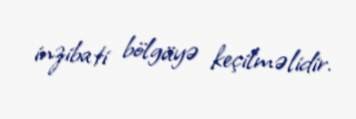
inzibati bölgüyə keçilməlidir.